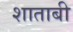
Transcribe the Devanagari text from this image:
शाताबी